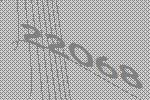
22068